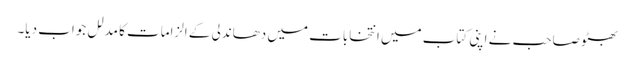
بھٹو صاحب نے اپنی کتاب میں انتخابات میں دھاندلی کے الزامات کا مدلل جواب دیا۔